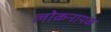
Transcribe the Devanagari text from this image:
लोकनायक